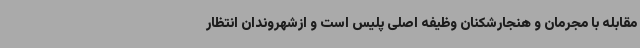
مقابله با مجرمان و هنجارشکنان وظیفه اصلی پلیس است و ازشهروندان انتظار